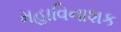
મહાવિનાશક